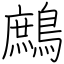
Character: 鷓